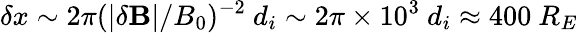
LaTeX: \delta x\sim 2\pi(|\delta\mathbf{B}|/B_{0})^{-2}~d_{i}\sim 2\pi\times 10^{3}~d_{i}\approx 400~R_{E}